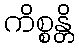
ကိစ္စန္တိ